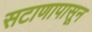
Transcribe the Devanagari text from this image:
सटाणापासून